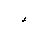
Letter: _hamza